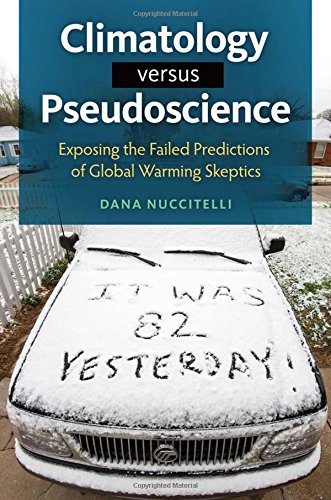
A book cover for Climatology versus Pseudoscience: Exposing the Failed Predictions of Global Warming Skeptics; Dana Nuccitelli; Science & Math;